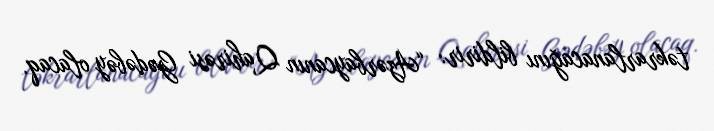
təkrarlanacağını bildirir: “Azərbaycanın Qahirəsi Gədəbəy olacaq.